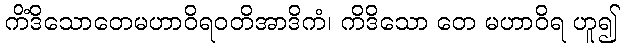
ကိံဒိသောတေမဟာဝိရဝတိအာဒိကံ၊ ကိဒိသော တေ မဟာဝိရ ဟူ၍